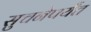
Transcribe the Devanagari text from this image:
सुचनेपर्यंत